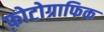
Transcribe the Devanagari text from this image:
फ़ोटोग्राफिक